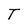
Character: T